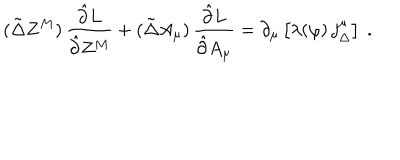
( \tilde { \Delta } Z ^ { M } ) \, \frac { \hat { \partial } L } { \hat { \partial } Z ^ { M } } + ( \tilde { \Delta } A _ { \mu } ) \, \frac { \hat { \partial } L } { \hat { \partial } A _ { \mu } } = \partial _ { \mu } \left[ \lambda ( \varphi ) \, j _ { \Delta } ^ { \mu } \right] \ .